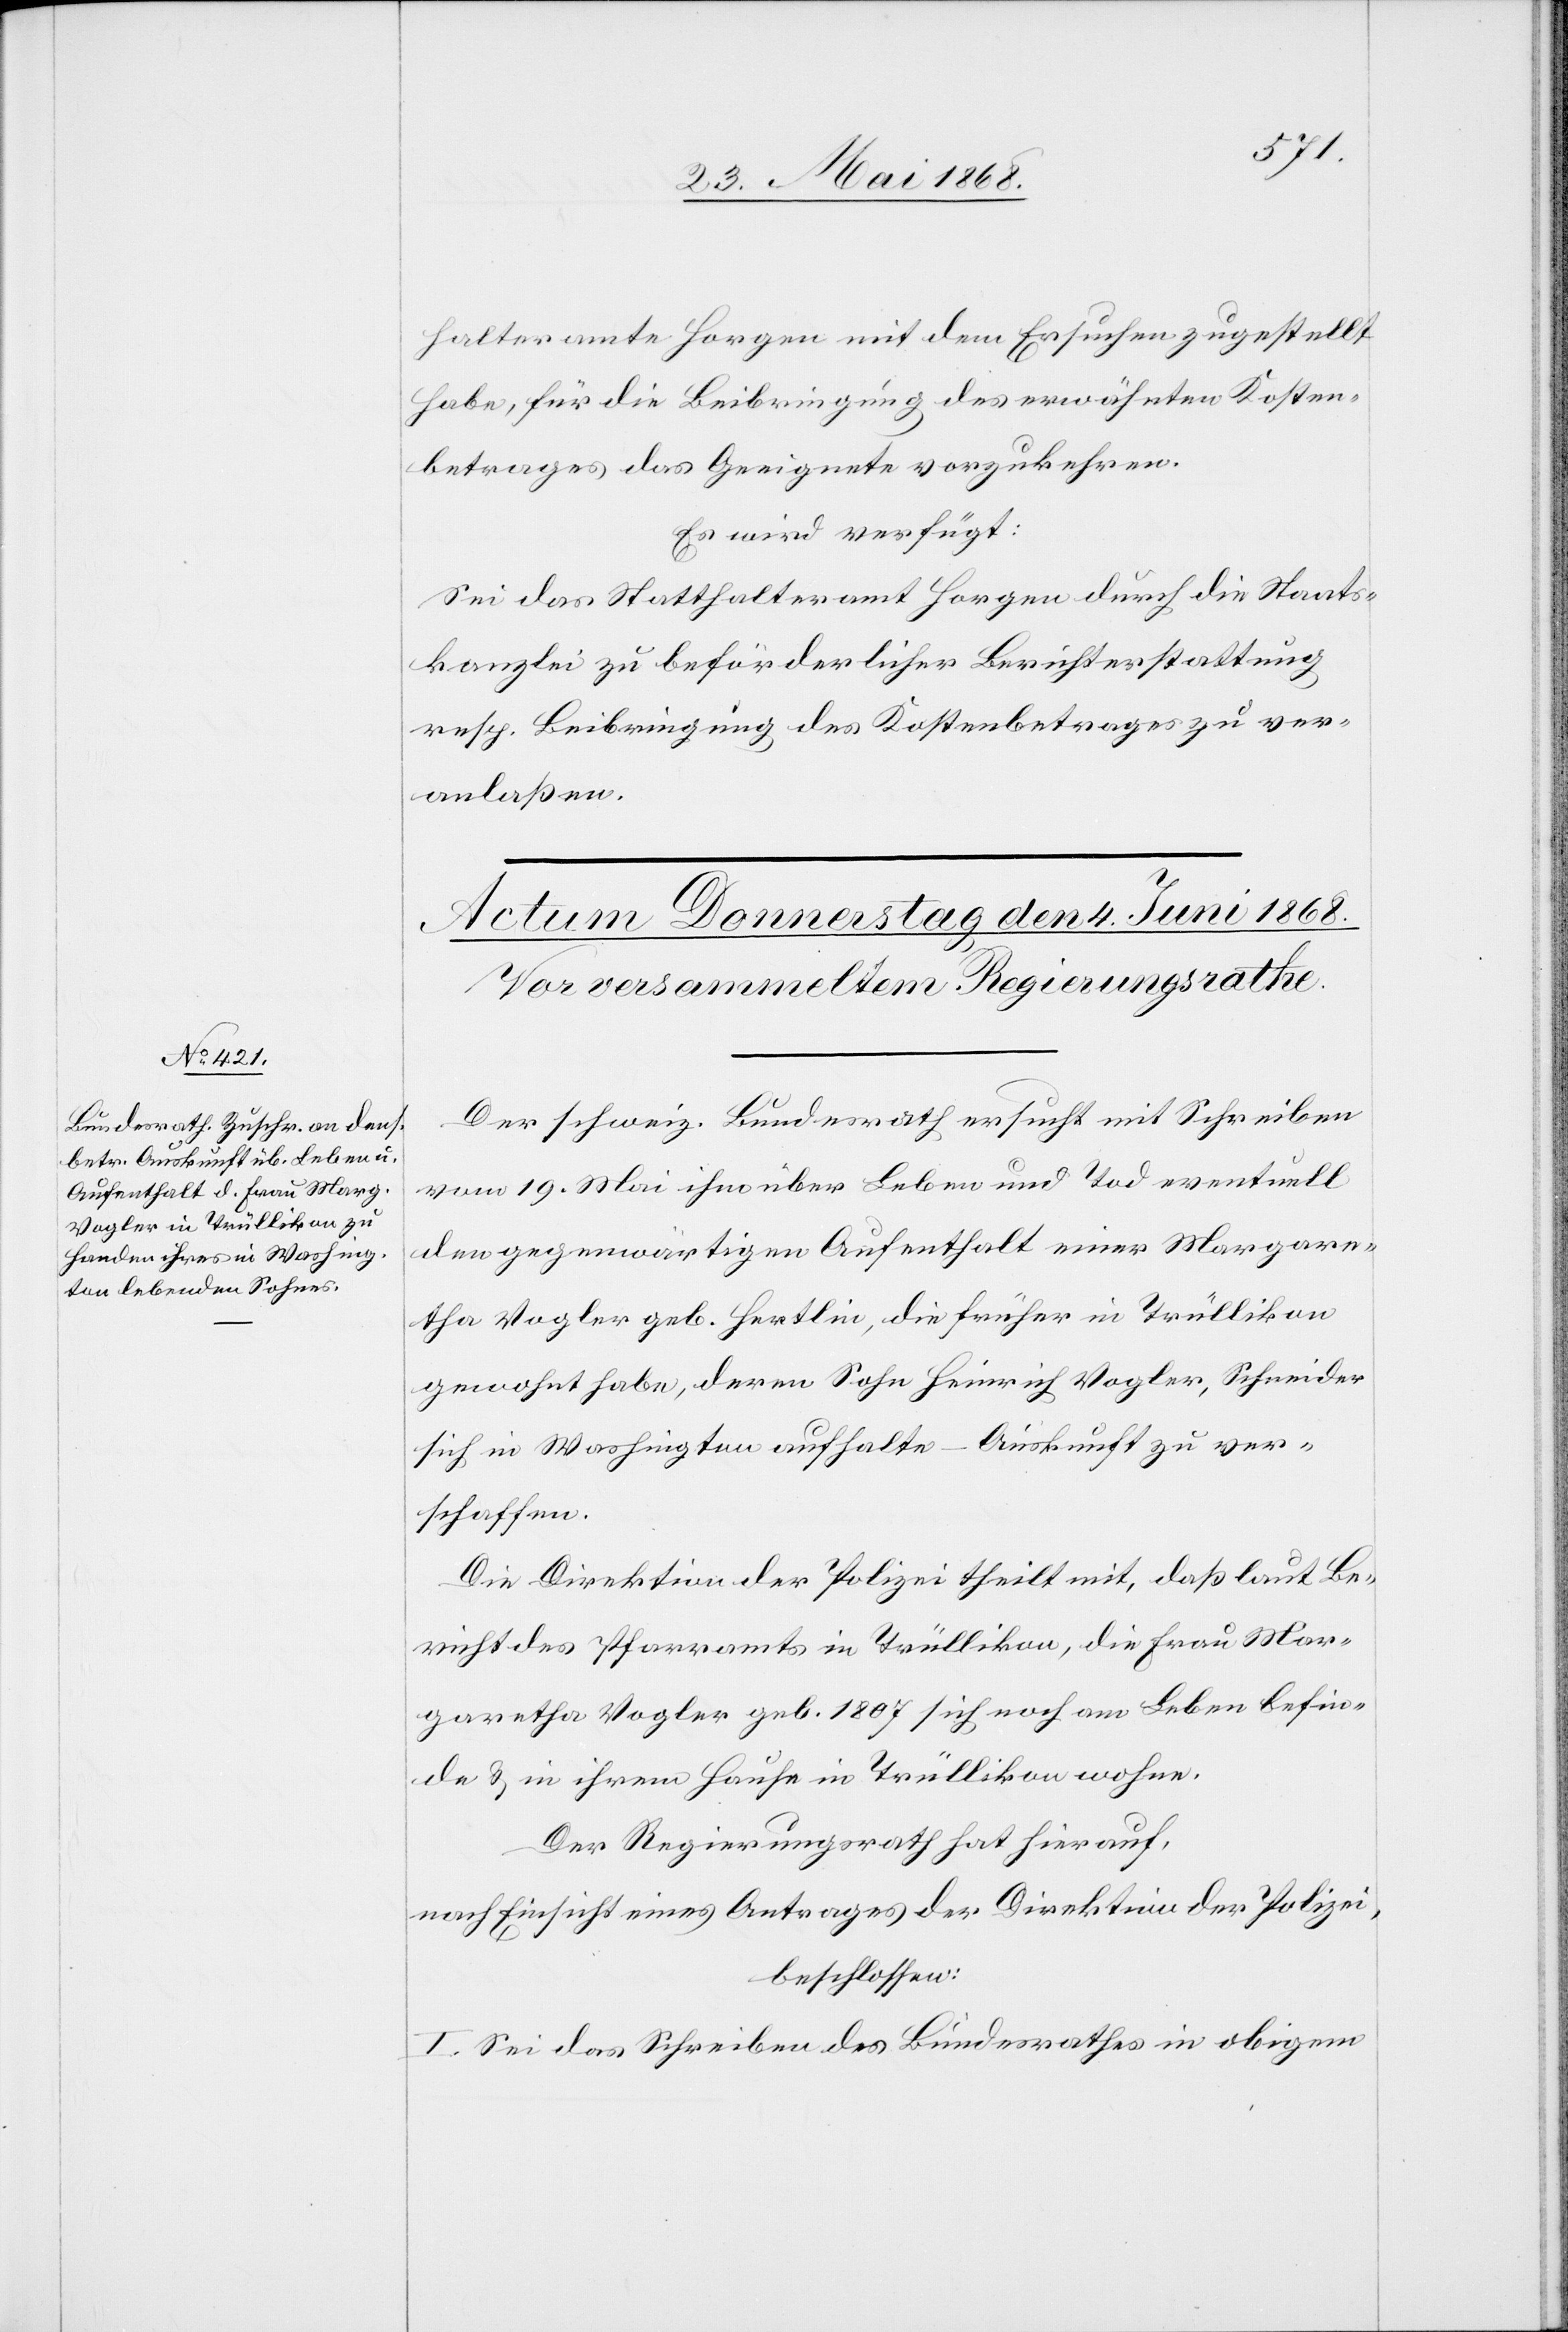
halteramte Horgen mit dem Ersuchen zugestellt
habe, für die Beibringung des erwähnten Kosten¬
betrages das Geeignete vorzukehren.
Es wird verfügt:
Sei das Statthalteramt Horgen durch die Staats¬
kanzlei zu beförderlicher Berichterstattung
resp. Beibringung des Kostenbetrages zu ver¬
anlaßen.
Der schweiz. Bundesrath ersucht mit Schreiben
vom 19. Mai ihm über Leben und Tod eventuell
den gegenwärtigen Aufenthalt einer Margare¬
tha Vogler geb. Hertlin, die früher in Trüllikon
gewohnt habe, deren Sohn Heinrich Vogler, Schneider
sich in Washington aufhalte – Auskunft zu ver¬
schaffen.
Die Direktion der Polizei theilt mit, daß laut Be¬
richt des Pfarramts in Trüllikon, die Frau Mar¬
garetha Vogler geb. 1807 sich noch am Leben befin¬
de & in ihrem Hause in Trüllikon wohne.
Der Regierungsrath hat hierauf,
nach Einsicht eines Antrages der Direktion der Polizei,
beschlossen:
I. Sei das Schreiben des Bundesrathes in obigem